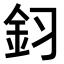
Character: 𮡦